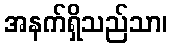
အနက်ရှိသည်သာ၊